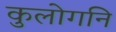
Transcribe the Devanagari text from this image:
कुलोगनि